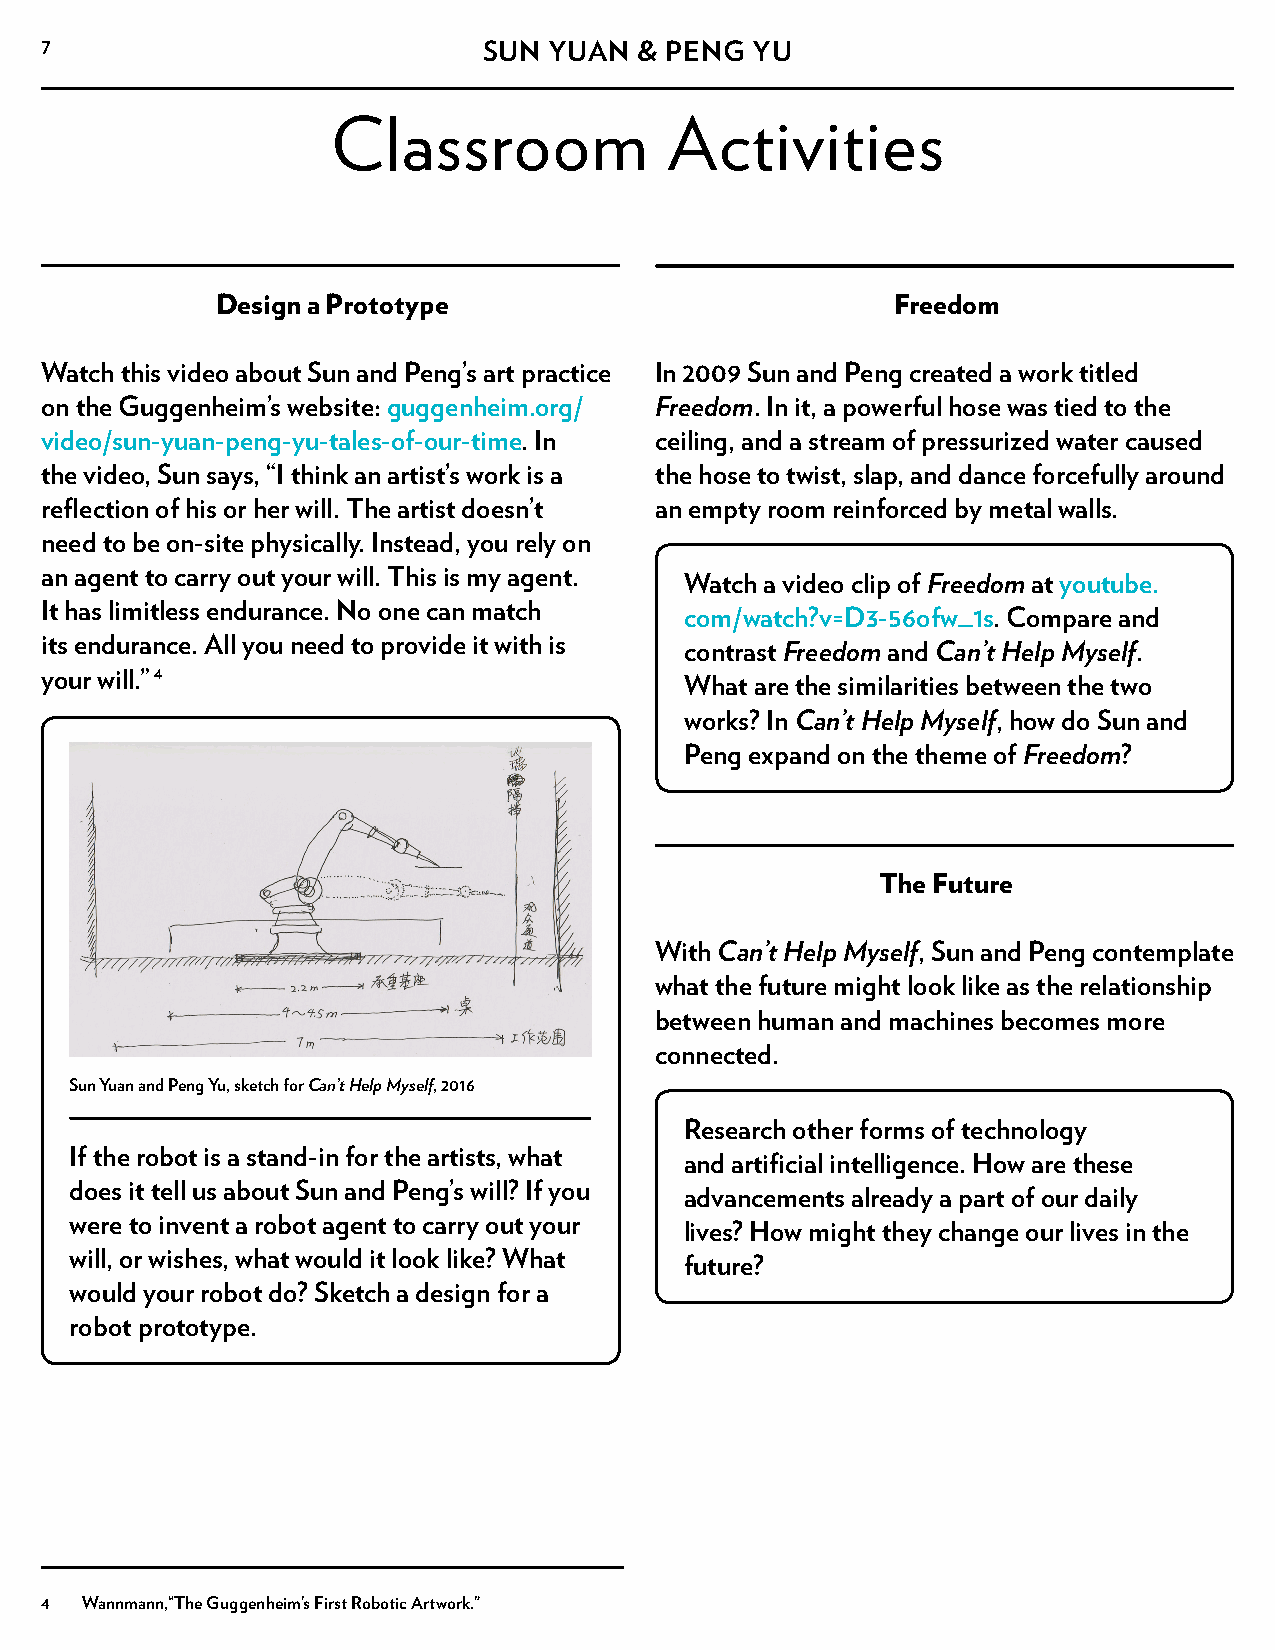
7                            SUN YUAN  & PENG  YU
 Classroom             Activities
 Design a Prototype                           Freedom
 Watch this video about Sun and Peng’s art practice In 2009 Sun and Peng created a work titled
 on the Guggenheim’s website: guggenheim.org/ Freedom. In it, a powerful hose was tied to the
 video/sun-yuan-peng-yu-tales-of-our-time. In ceiling, and a stream of pressurized water caused
 the video, Sun says, “I think an artist’s work is a the hose to twist, slap, and dance forcefully around
 reflection of his or her will. The artist doesn’t an empty room reinforced by metal walls.
 need to be on-site physically. Instead, you rely on
 an agent to carry out your will. This is my agent.
 Watch a video clip of Freedom at youtube.
 It has limitless endurance. No one can match
 com/watch?v=D3-56ofw_1s. Compare and
 its endurance. All you need to provide it with is
 contrast Freedom and Can’t Help Myself.
 your will.” 4
 What are the similarities between the two
 works? In Can’t Help Myself, how do Sun and
 Peng expand on the theme of Freedom?
 The Future
 With Can’t Help Myself, Sun and Peng contemplate
 what the future might look like as the relationship
 between human and machines becomes more
 connected.
 Sun Yuan and Peng Yu, sketch for Can’t Help Myself, 2016
 Research other forms of technology
 If the robot is a stand-in for the artists, what
 and artificial intelligence. How are these
 does it tell us about Sun and Peng’s will? If you
 advancements already a part of our daily
 were to invent a robot agent to carry out your
 lives? How might they change our lives in the
 will, or wishes, what would it look like? What
 future?
 would your robot do? Sketch a design for a
 robot prototype.
 4 Wannmann,“The Guggenheim’s First Robotic Artwork.”